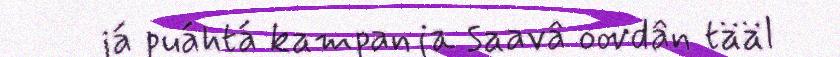
já puáhtá kampanja saavâ oovdân tääl